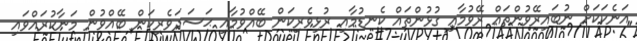
އަނެކަކަށް ނުބައިރޭވުންތައް ރޭވުމާއި ގުޅުންތައް ކެނޑުމާއި ރުޅިވެރިކަން ބޭއްވުމާއި ޙަސަދަވެރިކަން ބޭއްވުން މަނާކުރައްވައި